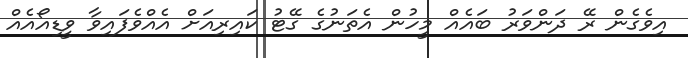
އިވެގެން ރޭ ދަންވަރު ބައެއް މީހުން އެތަނުގެ ގޭޓު ކައިރިއަށް އެއްވެފައިވާ ވީޑިއޯއެއް